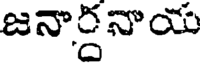
జనార్దనాయ